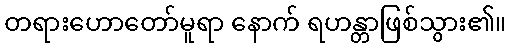
တရားဟောတော်မူရာ နောက် ရဟန္တာဖြစ်သွား၏။